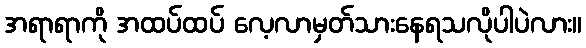
အရာရာကို အထပ်ထပ် လေ့လာမှတ်သားနေရသလိုပါပဲလား။